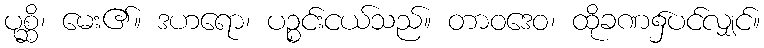
ပုစ္ဆိ၊ မေး၏။ ဒဟရော၊ ပဉ္စင်းငယ်သည်။ တာဝဒေဝ၊ ထိုခဏ၌ပင်လျှင်။